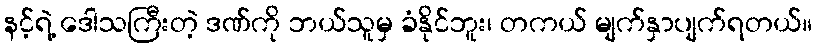
နင့်ရဲ့ ဒေါသကြီးတဲ့ ဒဏ်ကို ဘယ်သူမှ ခံနိုင်ဘူး၊ တကယ် မျက်နှာပျက်ရတယ်။